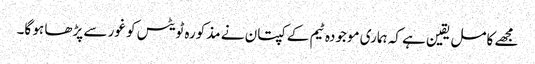
مجھے کامل یقین ہے کہ ہماری موجودہ ٹیم کے کپتان نے مذکورہ ٹویٹس کو غور سے پڑھا ہو گا۔